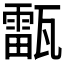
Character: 𤮚